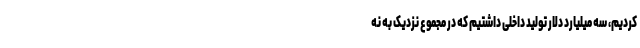
کردیم، سه میلیارد دلار تولید داخلی داشتیم که در مجموع نزدیک به نه